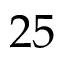
2 5